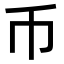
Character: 币